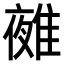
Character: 𨿤